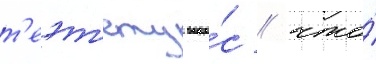
т'еэт'ету вопро́с / что́